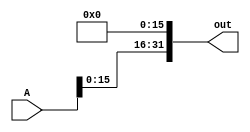
module leftshift_16(A, out);
    input [31:0] A;
    output [31:0] out;

    assign out[31:16] = A[15:0];
    assign out[0] = 1'b0;        
    assign out[1] = 1'b0;
    assign out[2] = 1'b0;
    assign out[3] = 1'b0;
    assign out[4] = 1'b0;
    assign out[5] = 1'b0;
    assign out[6] = 1'b0;
    assign out[7] = 1'b0;
    assign out[8] = 1'b0;        
    assign out[9] = 1'b0;
    assign out[10] = 1'b0;
    assign out[11] = 1'b0;
    assign out[12] = 1'b0;
    assign out[13] = 1'b0;
    assign out[14] = 1'b0;
    assign out[15] = 1'b0;
    

endmodule